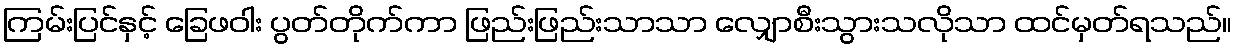
ကြမ်းပြင်နှင့် ခြေဖဝါး ပွတ်တိုက်ကာ ဖြည်းဖြည်းသာသာ လျှောစီးသွားသလိုသာ ထင်မှတ်ရသည်။